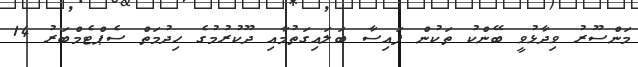
މަންސޫރު ވިދާޅުވީ ބޭންކު ތަކުން ފައިސާ ބަލައިގަތުމާއި ދޫކުރުމުގެ ހިދުމަތް ސެޕްޓެމްބަރު 14